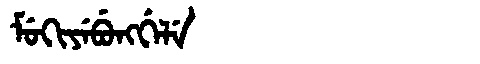
Manchu: ᠮᡠᡴᡳᠶᡝᠪᡠᠩᡤᡝᠯᡝ
Romanization: MUKIYEBUNGGELE